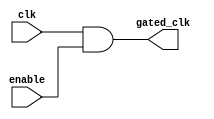
module ClockGatingCell (
    input wire clk,          // Main clock
    input wire enable,       // Enable signal
    output wire gated_clk    // Gated clock output
);
    // Gated clock output: AND gate with the main clock and enable signal
    assign gated_clk = clk & enable;
endmodule